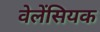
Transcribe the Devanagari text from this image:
वेलेंसियक